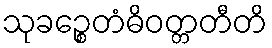
သုခဉ္စေတံဓိဝတ္တတီတိ